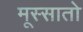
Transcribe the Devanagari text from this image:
मूस्सातो